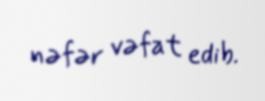
nəfər vəfat edib.